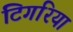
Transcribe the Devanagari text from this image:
टिगरिया